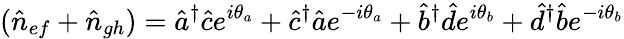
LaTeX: (\hat{n}_{ef}+\hat{n}_{gh})=\hat{a}^{\dagger}\hat{c}e^{i\theta_{a}}+\hat{c}^{\dagger}\hat{a}e^{-i\theta_{a}}+\hat{b}^{\dagger}\hat{d}e^{i\theta_{b}}+\hat{d}^{\dagger}\hat{b}e^{-i\theta_{b}}